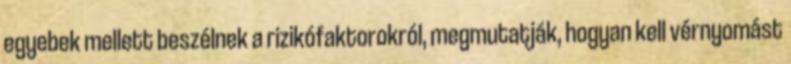
egyebek mellett beszélnek a rizikófaktorokról, megmutatják, hogyan kell vérnyomást